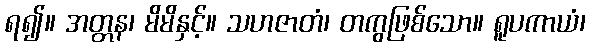
ရ၍။ အတ္တန၊ မိမိနှင့်။ သဟဇာတံ၊ တကွဖြစ်သော။ ရူပကာယံ၊